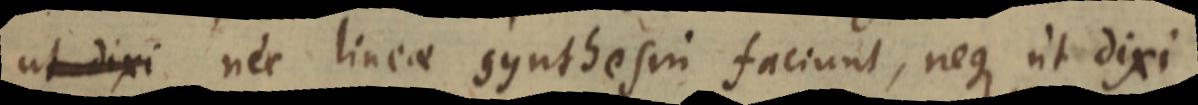
ut dixi nec lineae synthesin faciunt, neque ut dixi